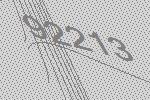
92213